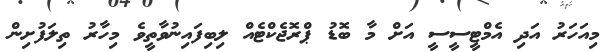
މިއަަހަރު އަދި އެމްޓީސީސީ އަށް މާ ބޮޑު ޕްރޮޖެކްޓެއް ލިބިފައިނުވާތީވެ މިހާރު ތިލަފުށިން